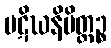
ပဋိဃနိမိတ္တဉ္စ